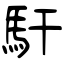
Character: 馯